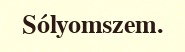
Sólyomszem.